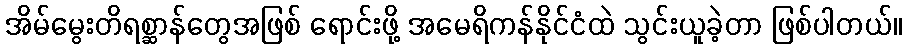
အိမ်မွေးတိရစ္ဆာန်တွေအဖြစ် ရောင်းဖို့ အမေရိကန်နိုင်ငံထဲ သွင်းယူခဲ့တာ ဖြစ်ပါတယ်။